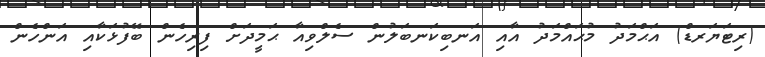
(ރިޓަޔަރޑް) އަޙްމަދު މުޙައްމަދު އާއި އަނބިކަނބަލުން ސެލްވިއާ ޙަމީދަށް ފިރިހެން ބޭފުޅަކާއި އަންހެން